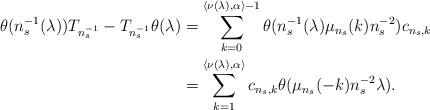
LaTeX: \begin{align*}\theta(n_s^{-1}(\lambda))T_{n_s^{-1}} - T_{n_s^{-1}}\theta(\lambda)& = \sum_{k = 0}^{\langle \nu(\lambda),\alpha\rangle - 1}\theta(n_s^{-1}(\lambda)\mu_{n_s}(k)n_s^{-2})c_{n_s,k}\\& = \sum_{k = 1}^{\langle \nu(\lambda),\alpha\rangle}c_{n_s,k}\theta(\mu_{n_s}(-k)n_s^{-2}\lambda).\end{align*}